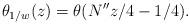
LaTeX: \begin{align*}\theta_{1/w}(z)= \theta(N^{\prime\prime}z/4-1/4).\end{align*}